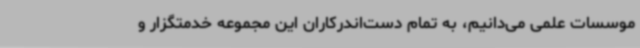
موسسات علمی می‌دانیم، به تمام دست‌اندرکاران این مجموعه خدمتگزار و